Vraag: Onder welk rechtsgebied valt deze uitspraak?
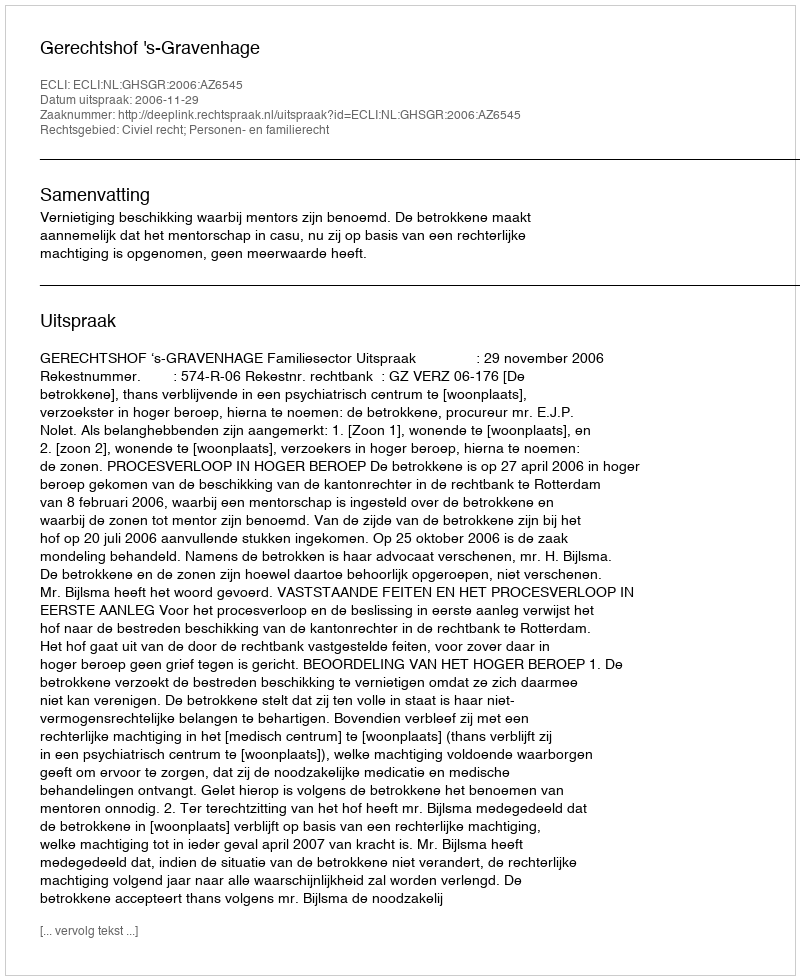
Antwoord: Civiel recht; Personen- en familierecht